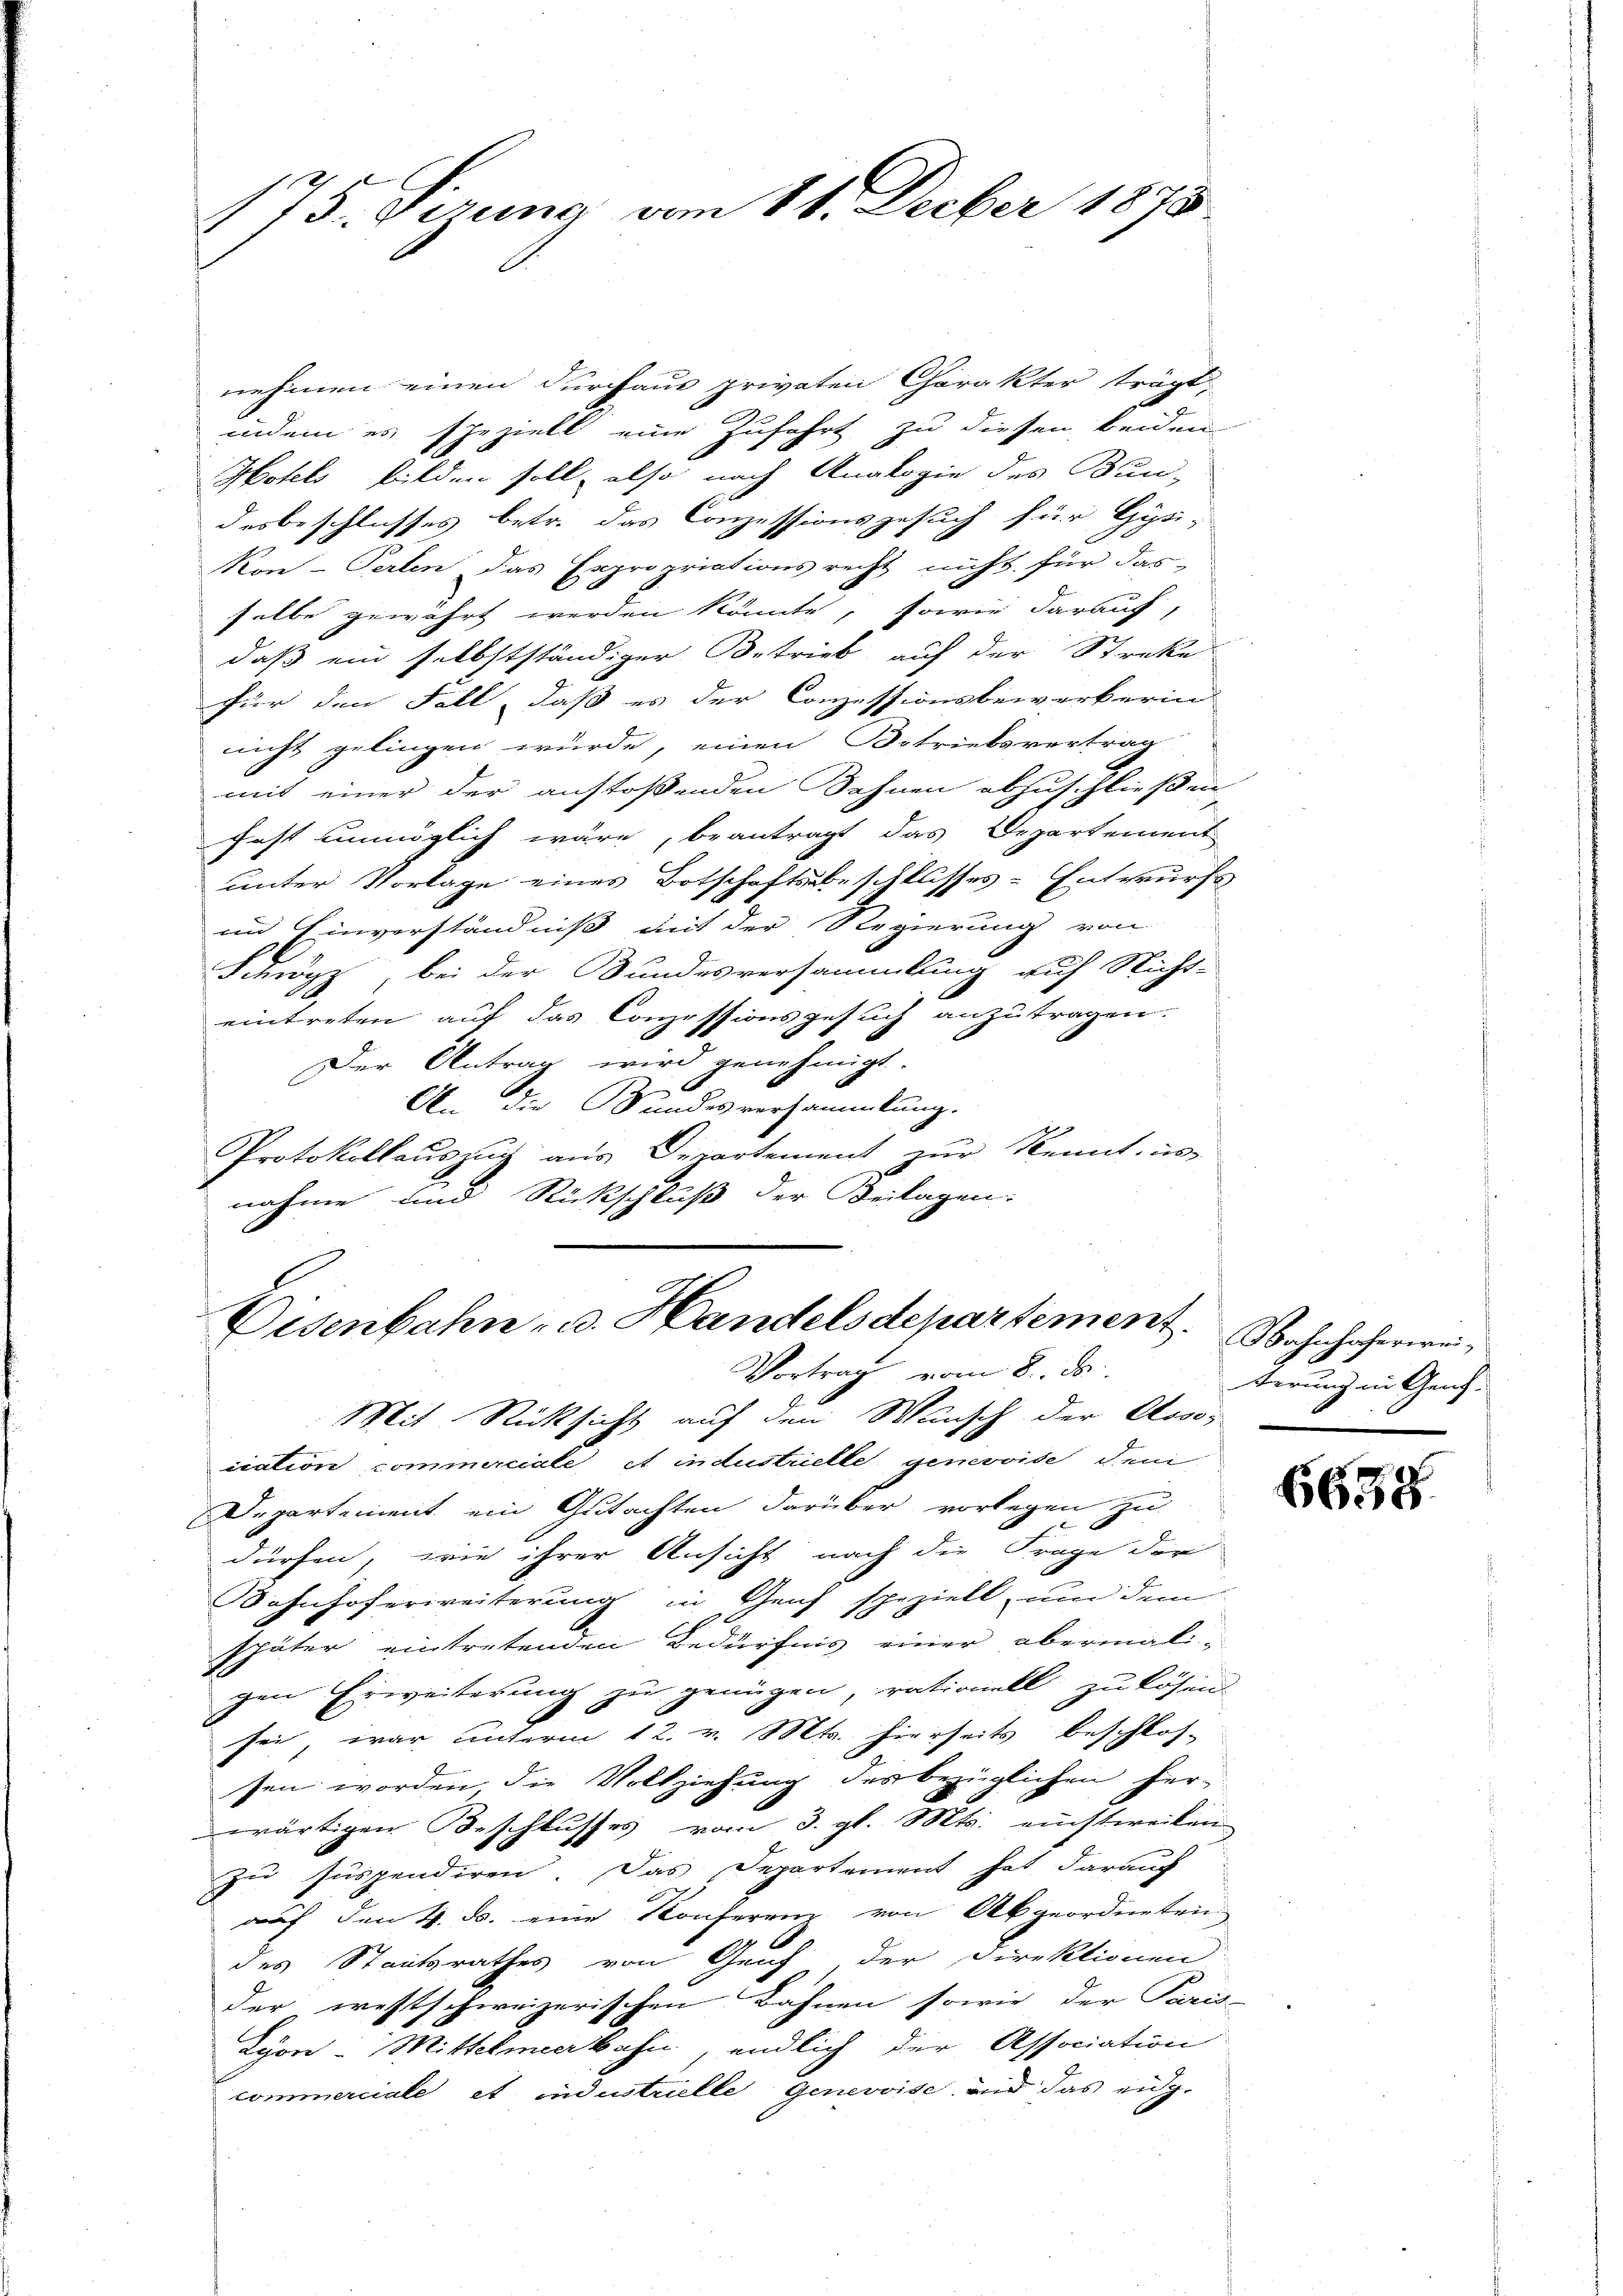
.
 75. Sizung vom 11. Decber 1873

nehmen einen durchaus privaten Charakter trägt,
indem es speziell eine Zufahrt zu diesen beiden
Hotels bilden soll, also nach Analogie des Bun-
desbeschlusses betr. das Conzessionsgesuch für Gysi-
Ron-Perlen das Expropriations recht nicht für das
selbe gewährt werden könnte, sowie darauf,
daß ein selbstständiger Betrieb auf der Streke
für den Fall, daß es der Conzessionsbewerkerin
nicht gelingen würde, einen Betriebsvertrag
mit einer der anstoßenden Bahnen abzuschließen
fast unmöglich wäre, beantragt das Departement
unter Vorlage eines Botschaftsbeschlusses-Entwurfs
en Einverständniß mit der Regierung von
Funyz, bei der Bundesversammlung auf Nicht-
eintreten auf das Conzessionsgesuch anzutragen.
Der Antrag wird genehmigt.
An die Bundesversammlung.
Protokollauszug aus Departement zur Kennt, is
nahme und Rückschluß der Beilagen:

Eisenbahn- u. Handelsdepartement.
Vortrag vom 8. ds.

Mit Rücksicht auf den Wunsch der Asso-
ication commerciale, et industrielle genevoise den
Departement ein Gutachten darüber vorlegen zu
dürfen, wie ihrer Ansicht nach die Frage der
Bahnhoferweiterung in Genf speziell und dem
später eintretenden Bedürfnis einer abermali-
gen Erweiterung zu genügen, rationell zu lösen.
xx
sei war unterm 12. v. Mts. hierseits beschlos-
sen worden die Vollziehung des bezüglichen herwärtigen Beschlusses vom 3. gl. Mts. einstweilen
zu suspendiren. Das Departement hat darauf
auf den 4. ds. eine Konferenz von Abgeordneten
des Staatsrathes von Genf der Direktionen
der westschweizerischen Bahnen sowie der Paris
Lyon - Mittelmeerbahn, endlich der Association
commerciale et industrielle Genevoise und das eug-

Bahnhoferweiterung in Genf.

6658.